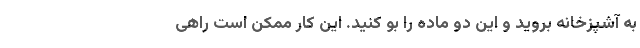
به آشپزخانه بروید و این دو ماده را بو کنید. این کار ممکن است راهی